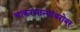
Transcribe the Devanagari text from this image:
चाकरमान्यांबरोबर